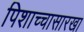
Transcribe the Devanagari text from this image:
पिशाच्चासारखा